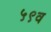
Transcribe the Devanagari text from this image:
५९व